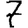
Digit: 7